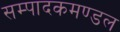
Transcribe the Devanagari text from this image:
सम्पादकमण्डल